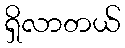
ရှိလာတယ်